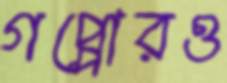
গপ্পোরও